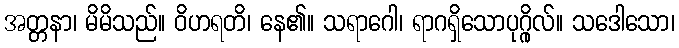
အတ္တနာ၊ မိမိသည်။ ဝိဟရတိ၊ နေ၏။ သရာဂေါ၊ ရာဂရှိသောပုဂ္ဂိုလ်။ သဒေါသော၊